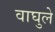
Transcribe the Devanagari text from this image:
वाघुले